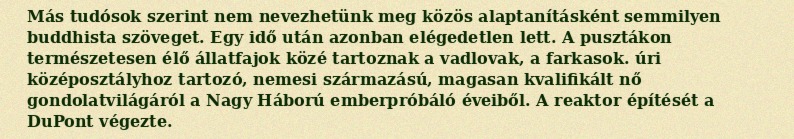
Más tudósok szerint nem nevezhetünk meg közös alaptanításként semmilyen buddhista szöveget. Egy idő után azonban elégedetlen lett. A pusztákon természetesen élő állatfajok közé tartoznak a vadlovak, a farkasok. úri középosztályhoz tartozó, nemesi származású, magasan kvalifikált nő gondolatvilágáról a Nagy Háború emberpróbáló éveiből. A reaktor építését a DuPont végezte.